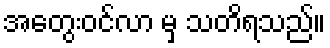
အတွေးဝင်လာ မှ သတိရသည်။